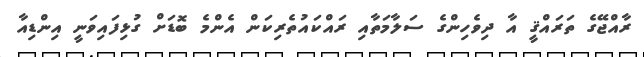
ރާއްޖޭގެ ތަރައްޤީ އާ ދިވެހިންގެ ސަލާމަތާއި ރައްކައުތެރިކަން އެންމެ ބޮޑަށް ގުޅިފައިވަނީ އިންޑިއާ